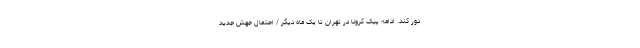
دور کند. ادامه پیک کرونا در تهران تا یک ماه دیگر / احتمال جهش جدید